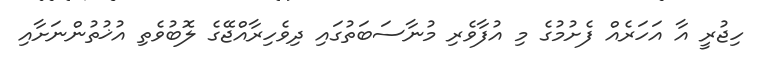
ހިޖުރީ އާ އަހަރެއް ފެށުމުގެ މި އުފާވެރި މުނާސަބަތުގައި ދިވެހިރާއްޖޭގެ ލޮބުވެތި އުޚުތުންނަށާއި